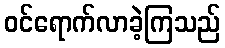
ဝင်ရောက်လာခဲ့ကြသည်